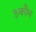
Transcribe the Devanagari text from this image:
३कौम